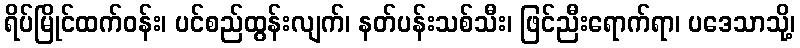
ရိပ်မြိုင်ထက်ဝန်း၊ ပင်စည်ထွန်းလျက်၊ နတ်ပန်းသစ်သီး၊ ဖြင်ညီးရောက်ရာ၊ ပဒေသာသို့၊